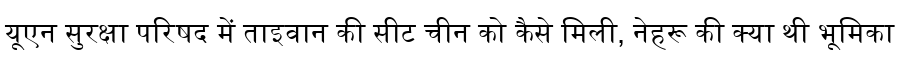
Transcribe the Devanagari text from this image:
यूएन सुरक्षा परिषद में ताइवान की सीट चीन को कैसे मिली, नेहरू की क्या थी भूमिका